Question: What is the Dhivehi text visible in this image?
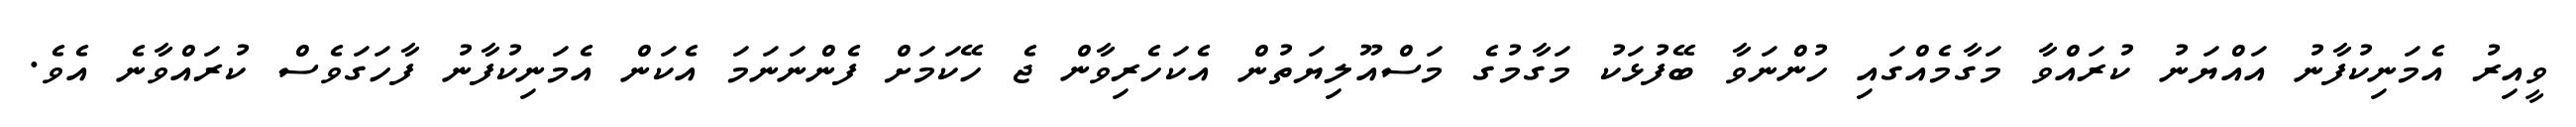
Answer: ވީއިރު އެމަނިކުފާނު އައްޔަނު ކުރައްވާ މަގާމެއްގައި ހުންނަވާ ބޭފުޅަކު މަގާމުގެ މަސްއޫލިޔަތުން އެކަހެރިވާން ޖެ ހޭކަމަށް ފެންނަނަމަ އެކަން އެމަނިކުފާނު ފާހަގަވެސް ކުރައްވާނެ އެވެ.